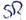
Text: SR